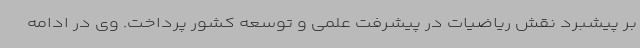
بر پیشبرد نقش ریاضیات در پیشرفت علمی و توسعه کشور پرداخت. وی در ادامه